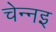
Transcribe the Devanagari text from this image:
चेन्नइ